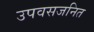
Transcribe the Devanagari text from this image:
उपवसजनित